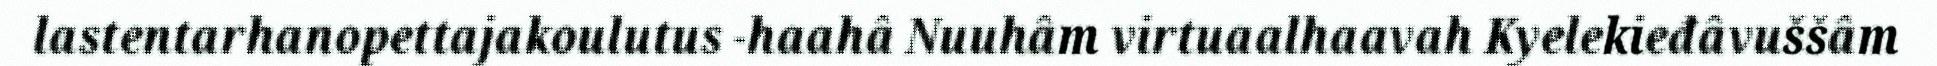
lastentarhanopettajakoulutus -haahâ Nuuhâm virtuaalhaavah Kyelekieđâvuššâm